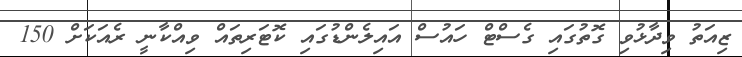
ޒިއަތު ވިދާޅުވި ގޮތުގައި ގެސްޓް ހައުސް އައިލެންޑުގައި ކޮޓަރިތައް ވިއްކާނީ ރެއަކަށް 150